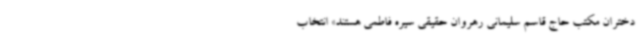
دختران مکتب حاج قاسم سلیمانی رهروان حقیقی سیره فاطمی هستند» انتخاب